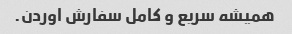
همیشه سریع و کامل سفارش اوردن.